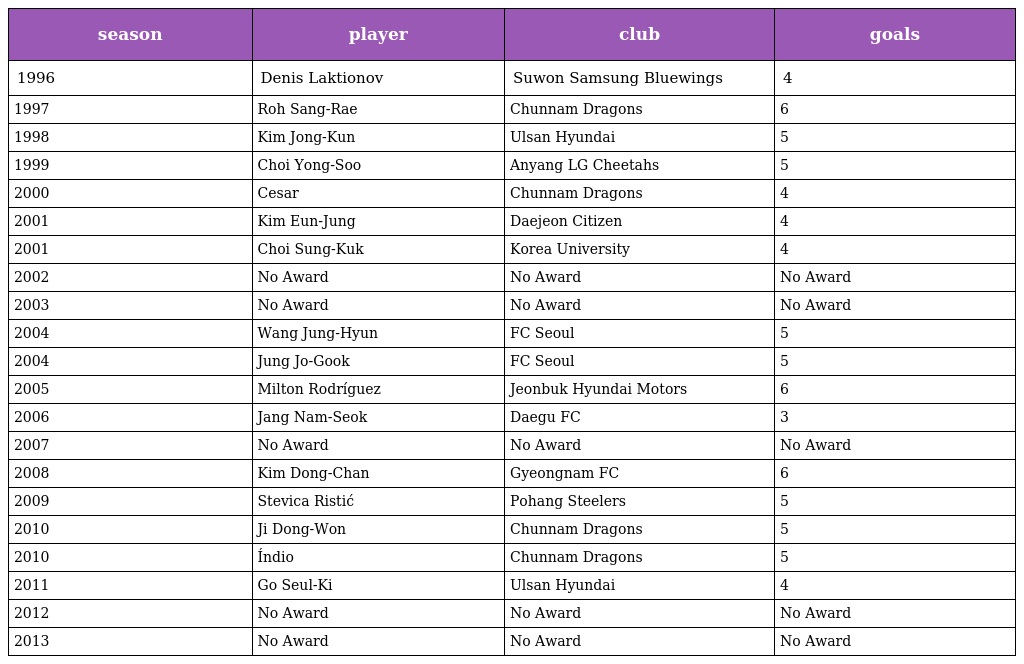
| season | player | club | goals |
 | --- | --- | --- | --- |
 | 1996 | Denis Laktionov | Suwon Samsung Bluewings | 4 |
 | 1997 | Roh Sang-Rae | Chunnam Dragons | 6 |
 | 1998 | Kim Jong-Kun | Ulsan Hyundai | 5 |
 | 1999 | Choi Yong-Soo | Anyang LG Cheetahs | 5 |
 | 2000 | Cesar | Chunnam Dragons | 4 |
 | 2001 | Kim Eun-Jung | Daejeon Citizen | 4 |
 | 2001 | Choi Sung-Kuk | Korea University | 4 |
 | 2002 | No Award | No Award | No Award |
 | 2003 | No Award | No Award | No Award |
 | 2004 | Wang Jung-Hyun | FC Seoul | 5 |
 | 2004 | Jung Jo-Gook | FC Seoul | 5 |
 | 2005 | Milton Rodríguez | Jeonbuk Hyundai Motors | 6 |
 | 2006 | Jang Nam-Seok | Daegu FC | 3 |
 | 2007 | No Award | No Award | No Award |
 | 2008 | Kim Dong-Chan | Gyeongnam FC | 6 |
 | 2009 | Stevica Ristić | Pohang Steelers | 5 |
 | 2010 | Ji Dong-Won | Chunnam Dragons | 5 |
 | 2010 | Índio | Chunnam Dragons | 5 |
 | 2011 | Go Seul-Ki | Ulsan Hyundai | 4 |
 | 2012 | No Award | No Award | No Award |
 | 2013 | No Award | No Award | No Award |